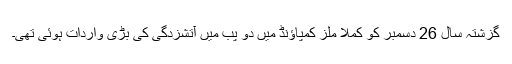
گزشتہ سال 26 دسمبر کو کملا ملز کمپاؤنڈ میں دو پب میں آتشزدگی کی بڑی واردات ہوئی تھی۔